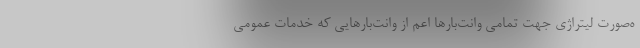
ه‌صورت لیتراژی جهت تمامی وانت‌بارها اعم از وانت‌بارهایی که خدمات عمومی